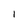
Character: l